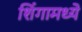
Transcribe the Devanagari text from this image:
शिंगामध्ये